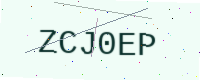
Text: ZCJ0EP